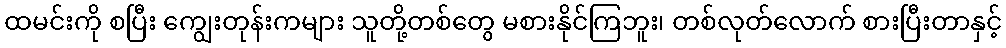
ထမင်းကို စပြီး ကျွေးတုန်းကများ သူတို့တစ်တွေ မစားနိုင်ကြဘူး၊ တစ်လုတ်လောက် စားပြီးတာနှင့်